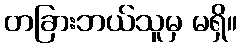
တခြားဘယ်သူမှ မရှိ။